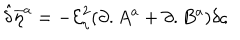
LaTeX: { \hat { \delta } } { \overline { { { \eta } } } } ^ { a } = - { \mathcal { E } } _ { \eta } ^ { 2 } ( \partial . A ^ { a } + \partial . B ^ { a } ) \delta \varsigma